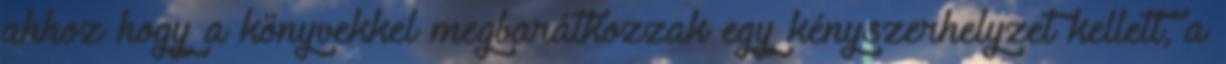
ahhoz hogy a könyvekkel megbarátkozzak egy kényszerhelyzet kellett, a